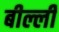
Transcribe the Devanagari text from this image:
बील्ली